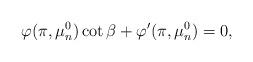
LaTeX: \begin{align*}\varphi(\pi, \mu_n^0) \cot \beta + \varphi'(\pi, \mu_n^0)=0,\end{align*}